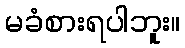
မခံစားရပါဘူး။